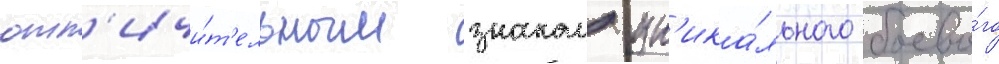
отл'ичи́т'ельным знаком ун'ика́льного боево́го